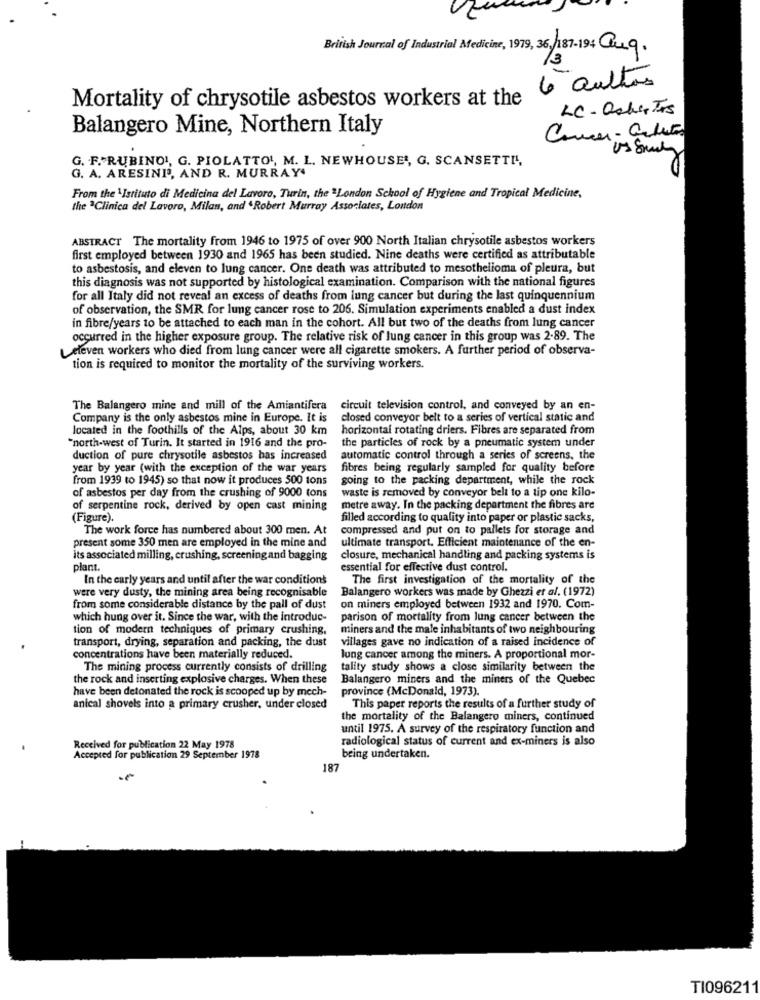
British Journal of Industrial Medicine, 1979, 36/187-194 Cuq.
13
6 aulhos
Mortality of chrysotile asbestos workers at the
LC- Osker Tes
Balangero Mine, Northern Italy
G. F. RUBINOI, G. PIOLATTOL, M. L. NEWHOUSE', G. SCANSETTI",
G. A. ARESINI', AND R. MURRAY'
From the'Istituto di Medicina del Lavoro, Turin, the "London School of Hygiene and Tropical Medicine,
the "Clinica del Lavoro, Milan, and "Robert Murray Associates, London
ABSTRACT The mortality from 1946 to 1975 of over 900 North Italian chrysotile asbestos workers
first employed between 1930 and 1965 has been studied. Nine deaths were certified as attributable
to asbestosis, and eleven to lung cancer. One death was attributed to mesothelioma of pleura, but
this diagnosis was not supported by histological examination. Comparison with the national figures
for all Italy did not reveal an excess of deaths from lung cancer but during the last quinquennium
of observation, the SMR for lung cancer rose to 206. Simulation experiments enabled a dust index
in fibre/years to be attached to each man in the cohort. All but two of the deaths from lung cancer
occurred in the higher exposure group. The relative risk of lung cancer in this group was 2.89. The
Leleven workers who died from lung cancer were all cigarette smokers. A further period of observa-
tion is required to monitor the mortality of the surviving workers.
The Balangero mine and mill of the Amiantifera
circuit television control, and conveyed by an en-
Company is the only asbestos mine in Europe. It is
closed conveyor belt to a series of vertical static and
located in the foothills of the Alps, about 30 km
horizontal rotating driers. Fibres are separated from
"north-west of Turin. It started in 1916 and the pro-
the particles of rock by a pneumatic system under
duction of pure chrysotile asbestos has increased
automatic control through a series of screens, the
year by year (with the exception of the war years
fibres being regularly sampled for quality before
from 1939 to 1945) so that now it produces 500 tons
going to the packing department, while the rock
of asbestos per day from the crushing of 9000 tons
waste is removed by conveyor belt to a tip one kilo-
of serpentine rock, derived by open cast mining
metre away. In the packing department the fibres are
(Figure).
filled according to quality into paper or plastic sacks,
The work force has numbered about 300 men. At
compressed and put on to pallets for storage and
present some 350 men are employed in the mine and
ultimate transport. Efficient maintenance of the en-
its associated milling, crushing, screening and bagging
closure, mechanical handling and packing systems is
plant.
essential for effective dust control.
In the early years and until after the war conditions
The first investigation of the mortality of the
were very dusty, the mining area being recognisable
Balangero workers was made by Ghezzi et al. (1972)
from some considerable distance by the pall of dust
on miners employed between 1932 and 1970. Com-
which hung over it. Since the war, with the introduc-
parison of mortality from lung cancer between the
tion of modern techniques of primary crushing,
miners and the male inhabitants of two neighbouring
transport, drying, separation and packing, the dust
villages gave no indication of a raised incidence of
concentrations have been materially reduced.
lung cancer among the miners. A proportional mor-
The mining process currently consists of drilling
tality study shows a close similarity between the
the rock and inserting explosive charges. When these
Balangero miners and the miners of the Quebec
have been detonated the rock is scooped up by mech-
province (McDonald, 1973).
anical shovels into a primary crusher, under closed
This paper reports the results of a further study of
the mortality of the Balangero miners, continued
until 1975. A survey of the respiratory function and
radiological status of current and ex-miners is also
Received for publication 22 May 1978
Accepted for publication 29 September 1978
being undertaken.
187
TI096211